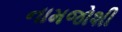
નામજોશી